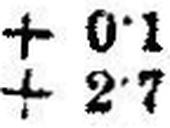
+ 2•7